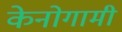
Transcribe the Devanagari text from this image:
केनोगामी